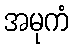
အမုကံ